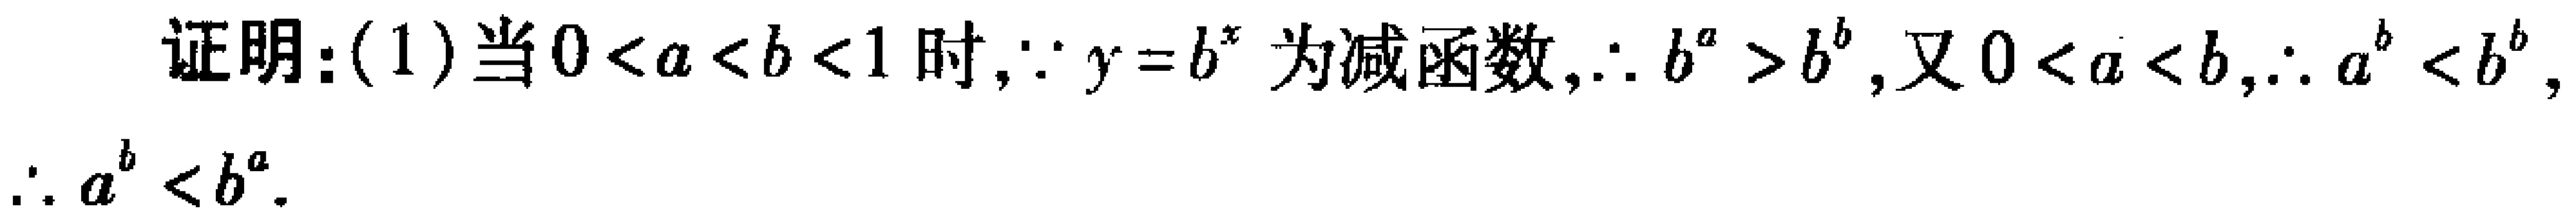
证明：(1)当\(0 < a < b < 1\)时，\(\because y = b^{x}\)为减函数，\(\therefore b^{a}>b^{b}\)，又\(0 < a < b\)，\(\therefore a^{b}<b^{b}\)，\(\therefore a^{b}<b^{a}\)。